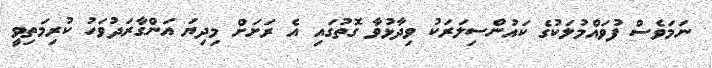
ނަމަވެސް ފުވައްމުލަކުގެ ކައުންސިލަރަކު ވިދާޅުވާ ގޮތުގައި އެ ރަށަށް މިދިޔަ އަންގާރަދުވަހު ކުރިމަތިވީ